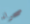
صحراء